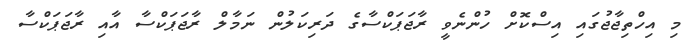
މި އިހްތިޖާޖުގައި އިސްކޮށް ހުންނެވީ ރާޖަޕަކްސާގެ ދަރިކަލުން ނަމާލް ރާޖަޕަކްސާ އާއި ރާޖަޕަކްސާ